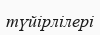
түйірлілері